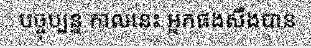
បច្ចុប្បន្ន កាលនេះ អ្នកផងសឹងបាន